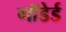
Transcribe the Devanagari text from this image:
गाॅडेर्ड